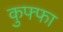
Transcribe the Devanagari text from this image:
कुफ्फा